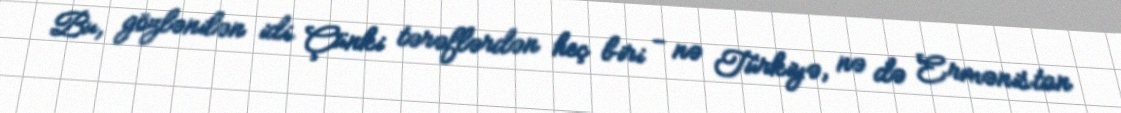
Bu, gözlənilən idi. Çünki tərəflərdən heç biri - nə Türkiyə, nə də Ermənistan